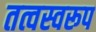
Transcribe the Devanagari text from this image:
तत्वस्वरूप